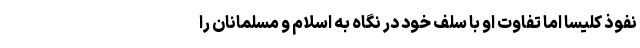
نفوذ کلیسا اما تفاوت او با سَلَف خود در نگاه به اسلام و مسلمانان را